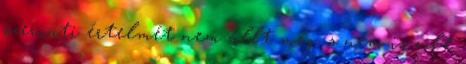
szerinti értelmét nem állt meg, s nem is volt